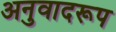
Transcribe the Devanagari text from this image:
अनुवादरूप